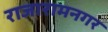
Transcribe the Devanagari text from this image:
राजारामनगर